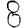
Digit: 8